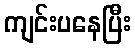
ကျင်းပနေပြီး